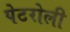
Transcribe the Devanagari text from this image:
पेटरोली